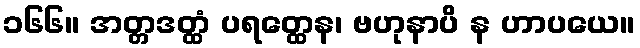
၁၆၆။ အတ္တဒတ္ထံ ပရတ္ထေန၊ ဗဟုနာပိ န ဟာပယေ။